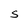
Character: S